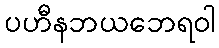
ပဟီနဘယဘေရဝါ